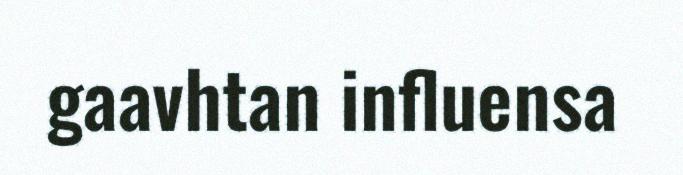
gaavhtan influensa